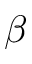
\beta